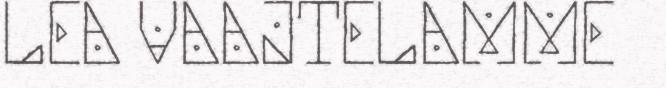
LEA VAAJTELAMME